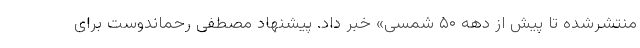
منتشرشده تا پیش از دهه ۵۰ شمسی» خبر داد. پیشنهاد مصطفی رحماندوست برای